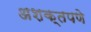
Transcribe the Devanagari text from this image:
अशक्तपणे